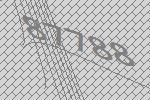
87788